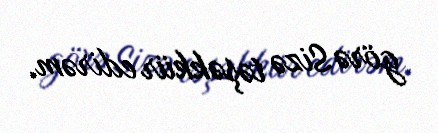
görə Sizə təşəkkür edirəm.